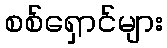
စစ်ရှောင်များ